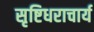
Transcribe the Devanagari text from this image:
सृष्टिधराचार्य